画像に写った文字を読んでください
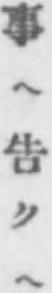
「事ヘ吿クヘ」と書いてあります